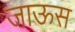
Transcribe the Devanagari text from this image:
जाऊस